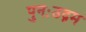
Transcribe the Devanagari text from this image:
पुनःउद्गम